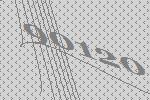
90120